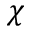
\chi